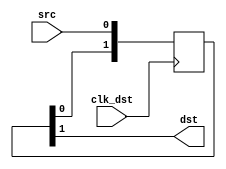
`timescale 1ns / 1ns

module scalar_sync #(parameter STAGES = 2)(
    input clk_dst,
    input src,
    output dst
);
    reg [STAGES-1:0] shift;
    always @(posedge clk_dst) begin
        shift <= {shift[STAGES-2:0], src};
    end
    assign dst = shift[STAGES-1];
endmodule

module counter_64(
    input           cnt_clk,
    input           cnt_resetn,
    output  [63:0]  cnt,
    input           s_axi_aclk,
    input           s_axi_aresetn,
    input           s_axi_arvalid,
    output          s_axi_arready,
    input   [11:0]  s_axi_araddr,
    input   [2 :0]  s_axi_arprot,
    output          s_axi_rvalid,
    input           s_axi_rready,
    output  [1 :0]  s_axi_rresp,
    output  [63:0]  s_axi_rdata,
    input           s_axi_awvalid,
    output          s_axi_awready,
    input   [11:0]  s_axi_awaddr,
    input   [2 :0]  s_axi_awprot,
    input           s_axi_wvalid,
    output          s_axi_wready,
    input   [63:0]  s_axi_wdata,
    input   [7 :0]  s_axi_wstrb,
    output          s_axi_bvalid,
    input           s_axi_bready,
    output  [1 :0]  s_axi_bresp
);

    reg [63:0] cnt_r;

    always @(posedge cnt_clk) begin
        if (!cnt_resetn) cnt_r <= 64'd0;
        else cnt_r <= cnt_r + 64'd1;
    end

    assign cnt = cnt_r;

    // axi stuff

    wire ar_fire = s_axi_arvalid && s_axi_arready;
    wire r_fire = s_axi_rvalid && s_axi_rready;
    wire aw_fire = s_axi_awvalid && s_axi_awready;
    wire w_fire = s_axi_wvalid && s_axi_wready;
    wire b_fire = s_axi_bvalid && s_axi_bready;

    reg r_inflight, w_inflight;

    always @(posedge s_axi_aclk) begin
        if (!s_axi_aresetn) r_inflight <= 1'b0;
        else r_inflight <= r_inflight ^ ar_fire ^ r_fire;
    end

    always @(posedge s_axi_aclk) begin
        if (!s_axi_aresetn) w_inflight <= 1'b0;
        else w_inflight <= w_inflight ^ aw_fire ^ b_fire;
    end

    assign s_axi_arready = !r_inflight;
    assign s_axi_awready = !w_inflight;

    // read over axi

    // clock domains: aclk(A) cnt_clk(C)

    reg data_req, data_ack; // A, C
    reg [63:0] data_a, data_c; // A, C
    wire data_req_c, data_ack_a;

    scalar_sync u_req_sync(.clk_dst(cnt_clk),       .src(data_req),     .dst(data_req_c));
    scalar_sync u_ack_sync(.clk_dst(s_axi_aclk),    .src(data_ack),     .dst(data_ack_a));

    always @(posedge s_axi_aclk) begin
        if (!s_axi_aresetn)                 data_req <= 1'b0;
        else if (data_ack_a)                data_req <= 1'b0;
        else if (ar_fire)                   data_req <= 1'b1;
    end

    always @(posedge cnt_clk) begin
        if (!cnt_resetn)                        data_c <= 64'd0;
        else if (data_req_c && !data_ack)   data_c <= cnt_r;
    end

    always @(posedge cnt_clk) begin
        if (!cnt_resetn)                        data_ack <= 1'b0;
        else                                data_ack <= data_req_c;
    end

    always @(posedge s_axi_aclk) begin
        if (!s_axi_aresetn)                 data_a <= 64'd0;
        else if (data_ack_a && data_req)    data_a <= data_c;
    end

    reg [1:0] data_ack_a_scan;
    always @(posedge s_axi_aclk) begin
        data_ack_a_scan <= {data_ack_a_scan[0], data_ack_a};
    end

    reg rvalid_r;
    always @(posedge s_axi_aclk) begin
        if (!s_axi_aresetn)                 rvalid_r <= 1'b0;
        else if (r_fire)                    rvalid_r <= 1'b0;
        else if (data_ack_a_scan == 2'b10)  rvalid_r <= 1'b1;
    end

    assign s_axi_rvalid = rvalid_r;
    assign s_axi_rdata = data_a;
    assign s_axi_rresp = 2'd0;

    // ignore writes

    assign s_axi_wready = 1'b1;
    assign s_axi_bvalid = w_inflight;
    assign s_axi_bresp = 2'd0;

endmodule